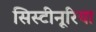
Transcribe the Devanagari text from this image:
सिस्टीनूरिया